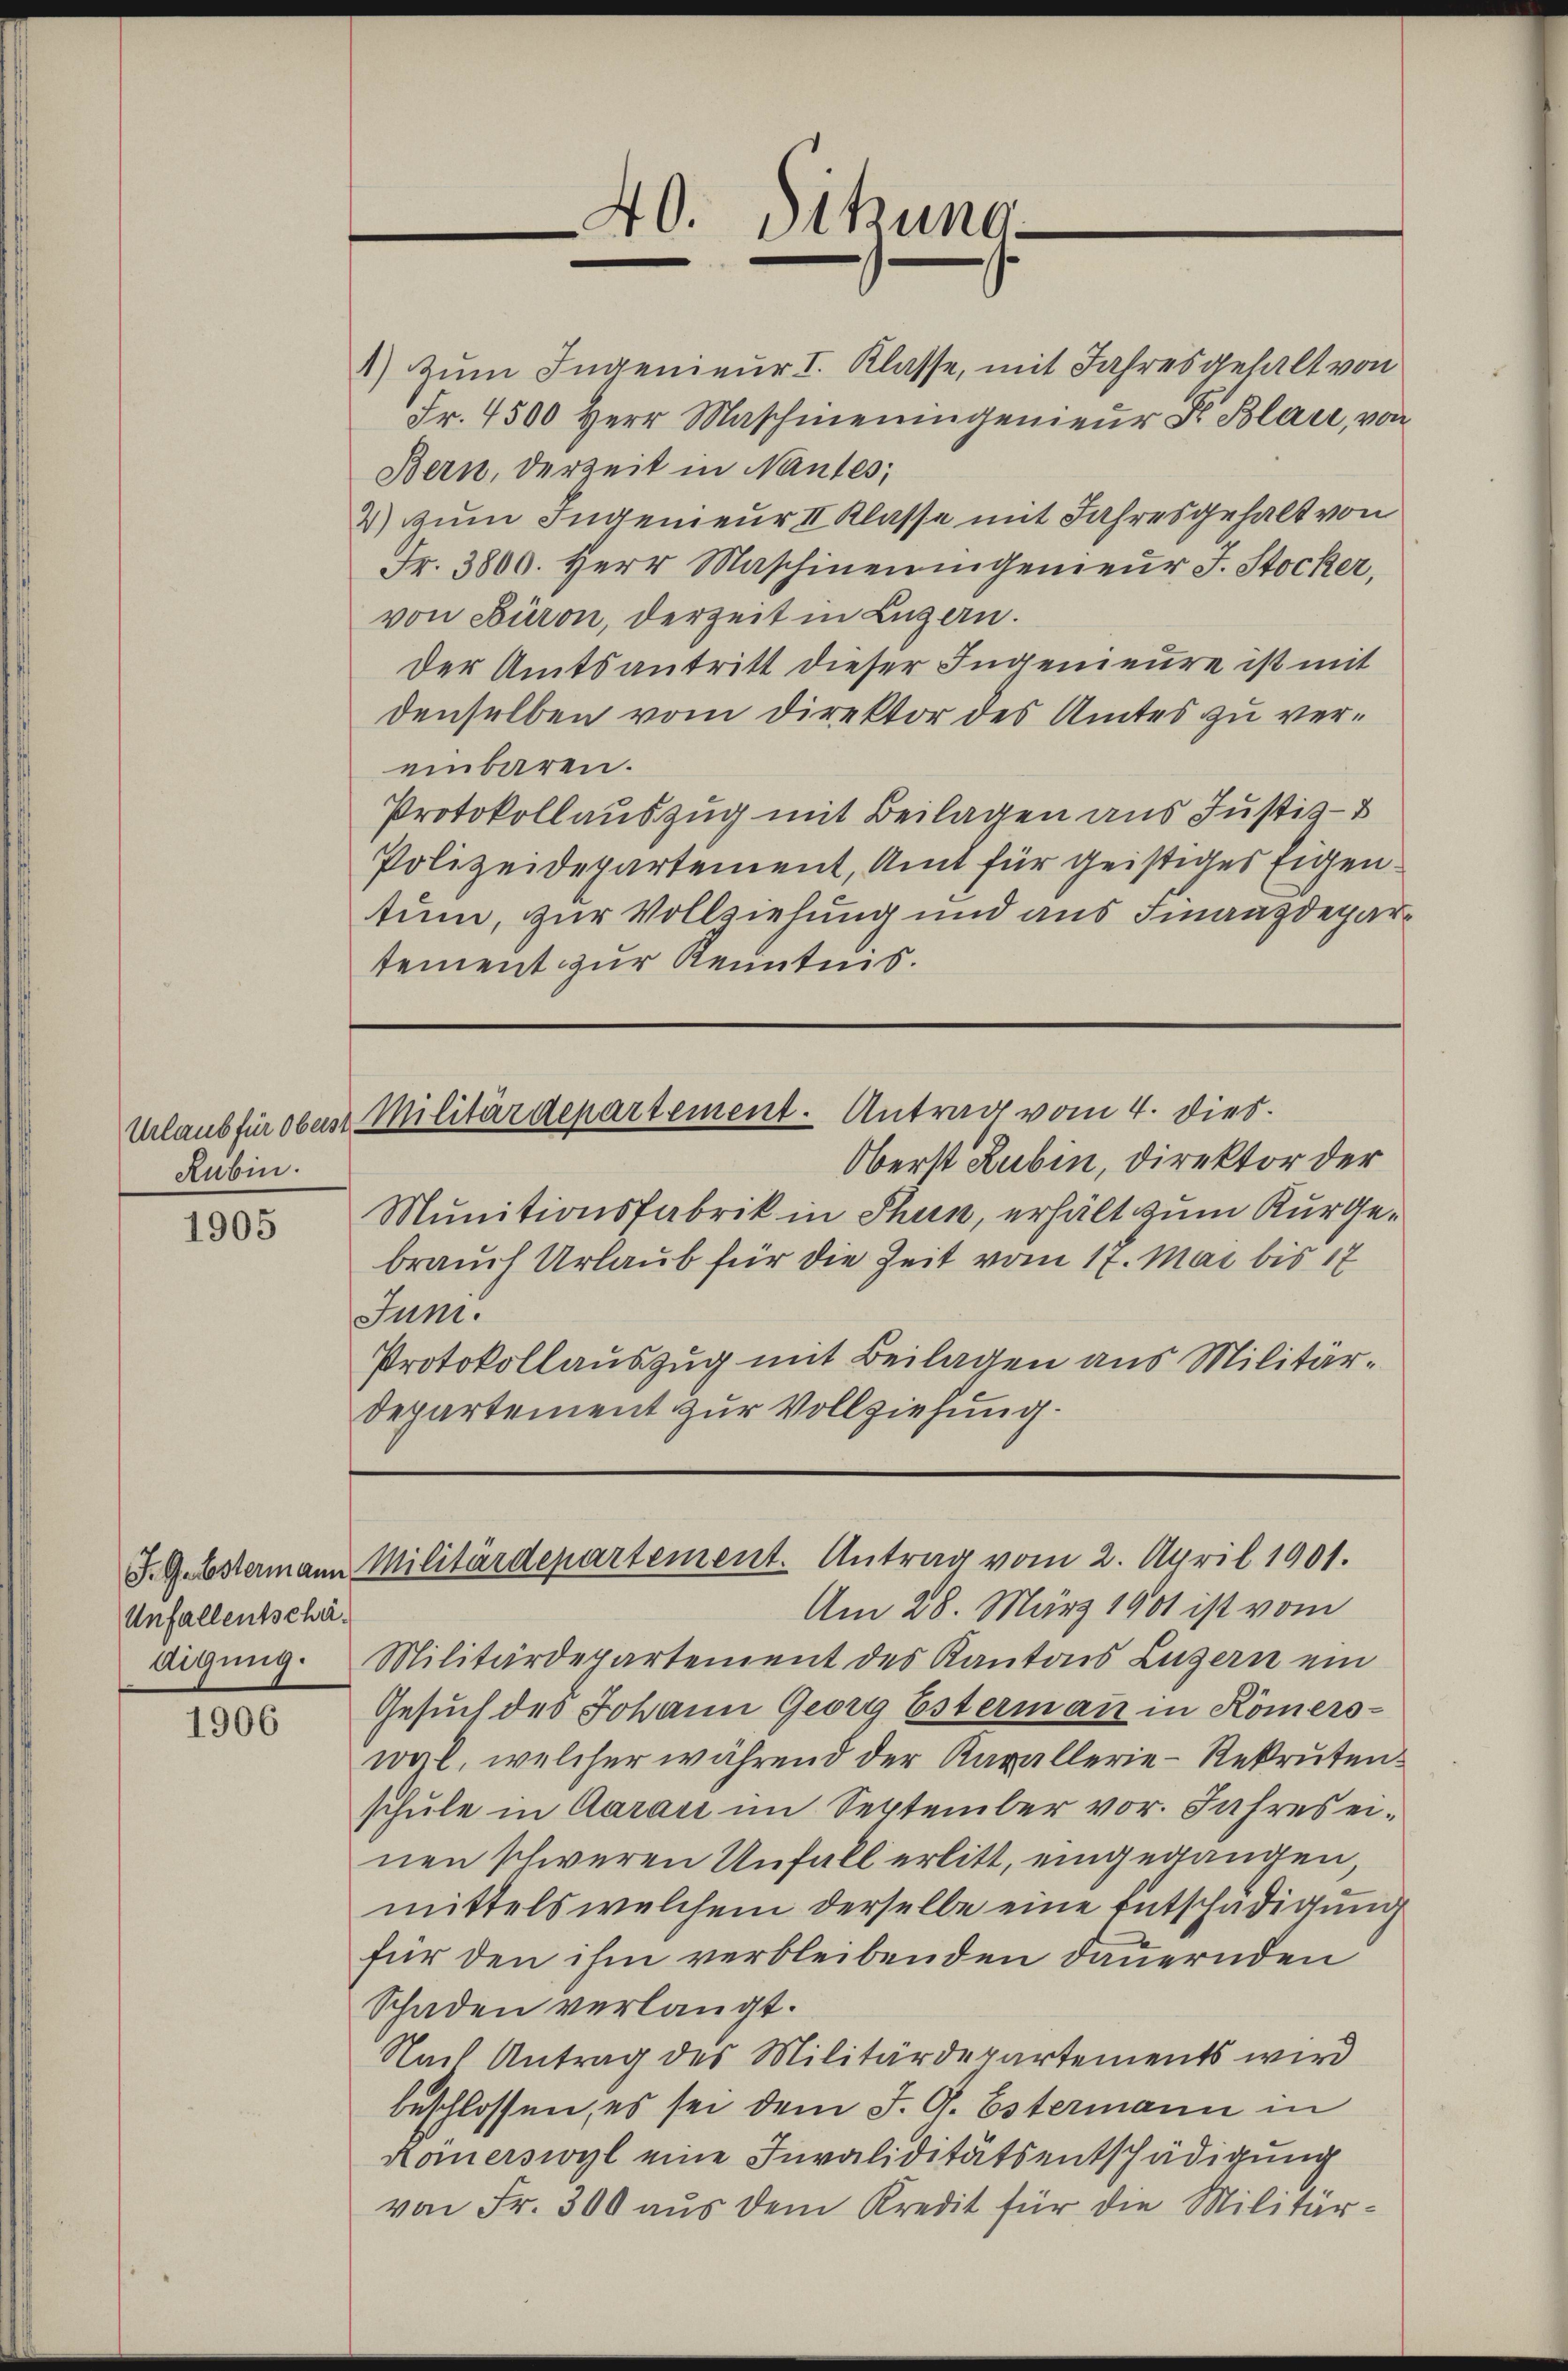
Rubin.

1905

Unfallentschädigung.

1906

40. Sitzung

1) Zum Ingenieur I. Klasse, mit Jahresgehalt von
Fr. 4500 Herr Maschineningenieŭr F. Blace, von
Bern, derzeit in Nantes;
2) zum Ingenieur II Klasse mit Jahresgehalt von
Fr. 3800. Herr Maschineningenieŭr J. Stocker,
von Büron, derzeit in Luzern.
Der Amtsantritt dieser Ingenieure ist mit
denselben vom Direktor des Amtes zu vereinbaren.
Protokollauszug mit Beilagen aus Justiz- &
Polizeidepartement, Amt für geistiges Eigentum, zur Vollziehung und aus Finanzdepartement zur Kenntnis.
Urlaub für oben Militärdepartement. Antrag vom 4. dies
Oberst Rubin, Direktor der
Munitionsfabrik in Thun, erhält zum Kurgebrauch Urlaub für die Zeit vom 17. Mai bis 17
Juni.
Protokollauszug mit Beilagen aus Militär¬
Departement zur Vollziehung.

F. Gelostermann Militärdepartement. Antrag vom 2. April 1901.

Am 28. März 1901 ist vom
Militärdepartement des Kantons Luzern ein
Gesuch des Johann Georg Estermann in Römerswogl, welcher während der Kavallerie-Rekruten.
schule in Aarau im September vor. Jahres einen schweren Unfall erlitt, eingegangen,
mittels welchem derselbe eine Entschädigung
für den ihm verbleibenden dauernden
Schaden verlangt.
Nach Antrag des Militärdepartements wird
beschlossen, es sei dem J. G. Estermann in
Kömerswyl eine Invaliditätsentschädigung
von Fr. 300 aus dem Kredit für die Militär¬